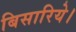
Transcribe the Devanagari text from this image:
बिसारिये।